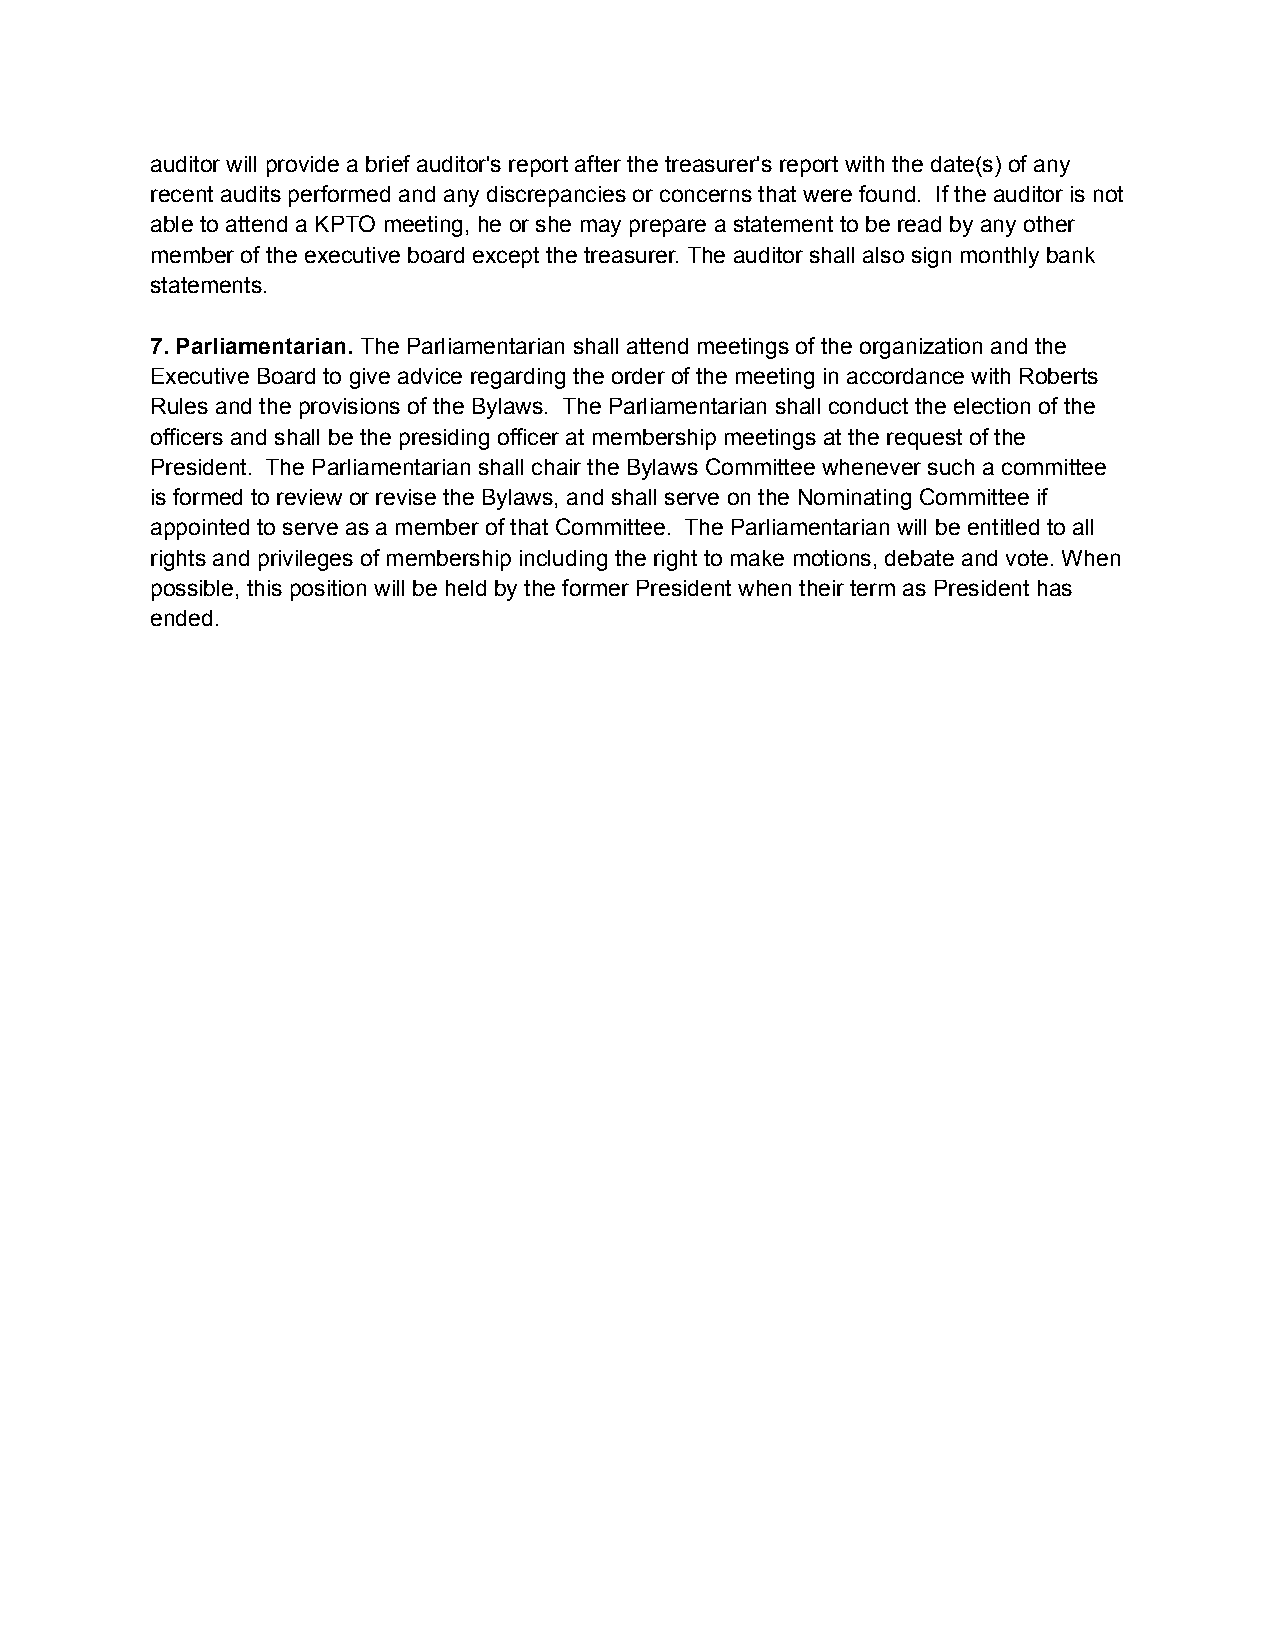
auditor will provide a brief auditor's report after the treasurer's report with the date(s) of any
 recent audits performed and any discrepancies or concerns that were found. If the auditor is not
 able to attend a KPTO meeting, he or she may prepare a statement to be read by any other
 member of the executive board except the treasurer. The auditor shall also sign monthly bank
 statements.
 7. Parliamentarian. The Parliamentarian shall attend meetings of the organization and the
 Executive Board to give advice regarding the order of the meeting in accordance with Roberts
 Rules and the provisions of the Bylaws. The Parliamentarian shall conduct the election of the
 officers and shall be the presiding officer at membership meetings at the request of the
 President. The Parliamentarian shall chair the Bylaws Committee whenever such a committee
 is formed to review or revise the Bylaws, and shall serve on the Nominating Committee if
 appointed to serve as a member of that Committee. The Parliamentarian will be entitled to all
 rights and privileges of membership including the right to make motions, debate and vote. When
 possible, this position will be held by the former President when their term as President has
 ended.